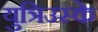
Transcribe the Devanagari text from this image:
युत्रिउस्के